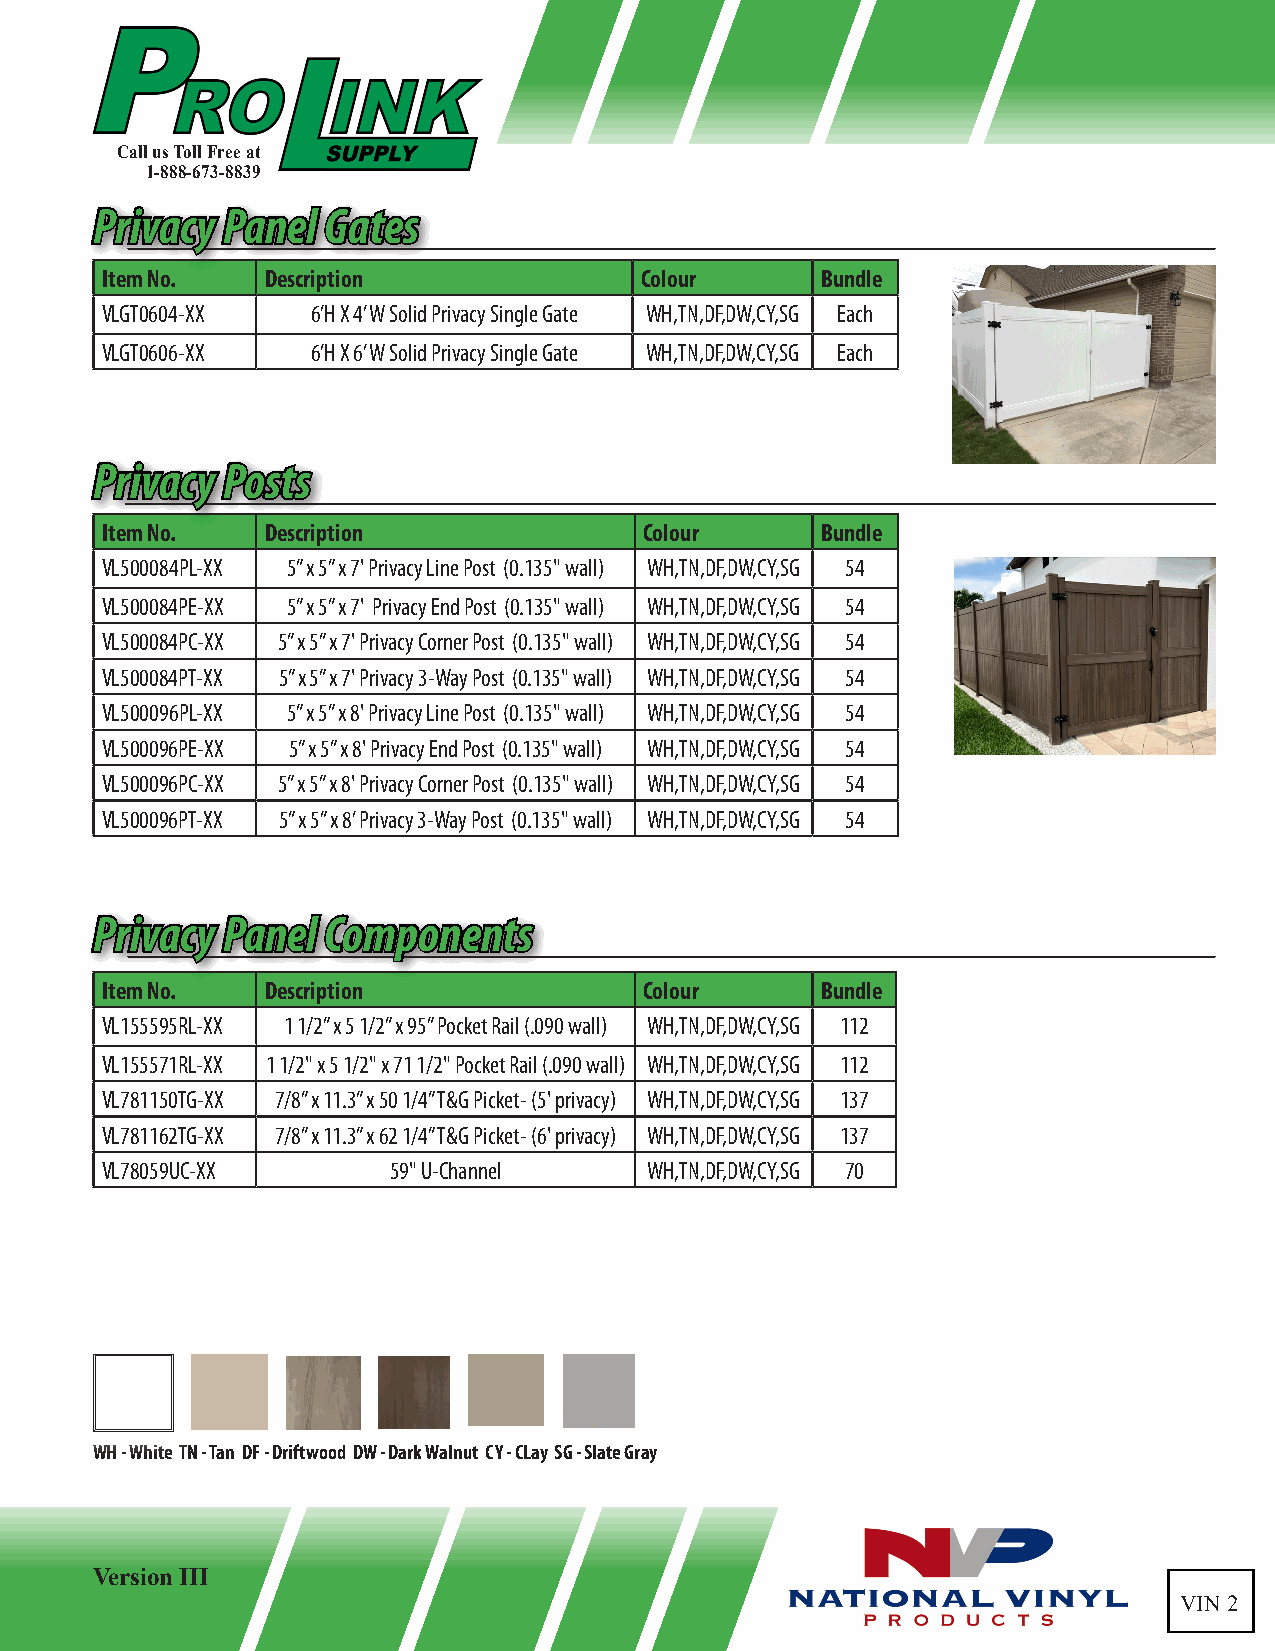
Call us Toll Free at
 1-888-673-8839
 PPrriivvaaccyy PPaanneell GGaatteess
 Item No.   Description             Colour      Bundle
 VLGT0604-XX   6’H X 4’ W Solid Privacy Single Gate WH,TN,DF,DW,CY,SG Each
 VLGT0606-XX   6’H X 6’ W Solid Privacy Single Gate WH,TN,DF,DW,CY,SG Each
 PPrriivvaaccyy PPoossttss
 Item No.   Description              Colour     Bundle
 VL500084PL-XX 5” x 5” x 7' Privacy Line Post (0.135" wall) WH,TN,DF,DW,CY,SG 54
 VL500084PE-XX 5” x 5” x 7' Privacy End Post (0.135" wall) WH,TN,DF,DW,CY,SG 54
 VL500084PC-XX 5” x 5” x 7' Privacy Corner Post (0.135" wall) WH,TN,DF,DW,CY,SG 54
 VL500084PT-XX 5” x 5” x 7' Privacy 3-Way Post (0.135" wall) WH,TN,DF,DW,CY,SG 54
 VL500096PL-XX 5” x 5” x 8' Privacy Line Post (0.135" wall) WH,TN,DF,DW,CY,SG 54
 VL500096PE-XX 5” x 5” x 8' Privacy End Post (0.135" wall) WH,TN,DF,DW,CY,SG 54
 VL500096PC-XX 5” x 5” x 8' Privacy Corner Post (0.135" wall) WH,TN,DF,DW,CY,SG 54
 VL500096PT-XX 5” x 5” x 8’ Privacy 3-Way Post (0.135" wall) WH,TN,DF,DW,CY,SG 54
 PPrriivvaaccyy PPaanneell CCoommppoonneennttss
 Item No.   Description              Colour     Bundle
 VL155595RL-XX 1 1/2” x 5 1/2” x 95” Pocket Rail (.090 wall) WH,TN,DF,DW,CY,SG 112
 VL155571RL-XX 1 1/2" x 5 1/2" x 71 1/2" Pocket Rail (.090 wall) WH,TN,DF,DW,CY,SG 112
 VL781150TG-XX 7/8” x 11.3” x 50 1/4” T&G Picket- (5' privacy) WH,TN,DF,DW,CY,SG 137
 VL781162TG-XX 7/8” x 11.3” x 62 1/4” T&G Picket- (6' privacy) WH,TN,DF,DW,CY,SG 137
 VL78059UC-XX       59" U-Channel    WH,TN,DF,DW,CY,SG 70
 WH - White TN - Tan DF - Driftwood DW - Dark Walnut CY - CLay SG - Slate Gray
 Version III
 VIN 2